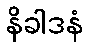
နိခါဒနံ